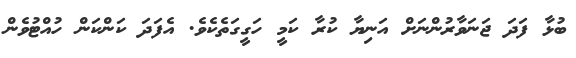
ބުޅާ ފަދަ ޖަނަވާރުންނަށް އަނިޔާ ކުރާ ކަމީ ހަގީގަތެކެވެ. އެފަދަ ކަންކަން ހުއްޓުވެން